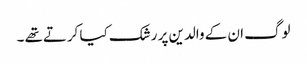
لوگ ان کے والدین پر رشک کیا کرتےتھے ۔